Vaccination in Burma 1920-1933 - 1920-1933
Year: 1920
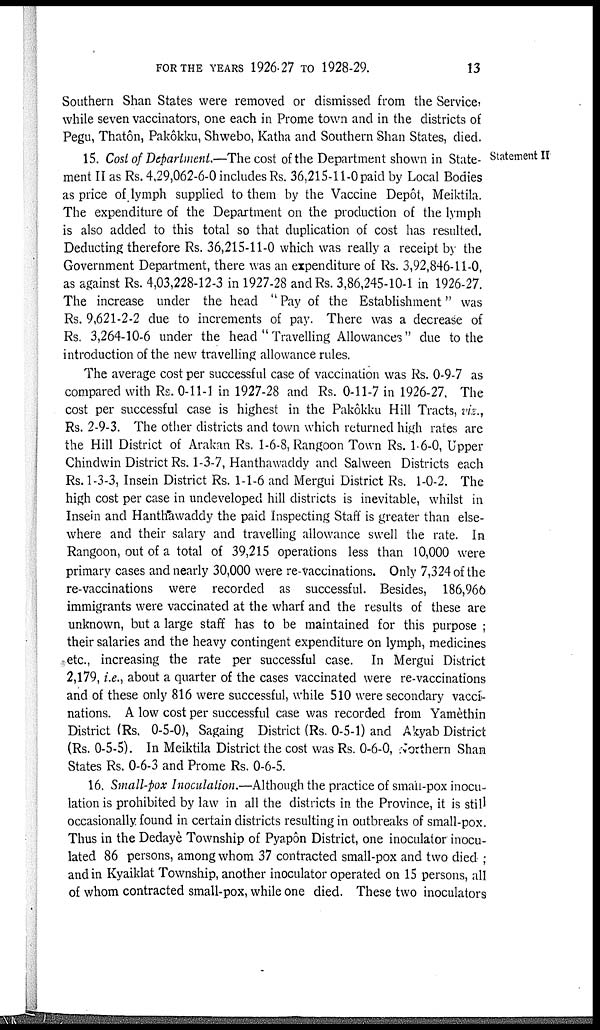
FOR THE YEARS 1926-27 TO 1928-29.
13
Southern Shan States were removed or dismissed from the Service,
while seven vaccinators, one each in Prome town and in the districts of
Pegu, Thatôn, Pakôkku, Shwebo, Katha and Southern Shan States, died.
Statement II
15. Cost of Department.—The cost of the Department shown in State-
ment II as Rs. 4,29,062-6-0 includes Rs. 36,215-11-0 paid by Local Bodies
as price of lymph supplied to them by the Vaccine Depôt, Meiktila.
The expenditure of the Department on the production of the lymph
is also added to this total so that duplication of cost has resulted.
Deducting therefore Rs. 36,215-11-0 which was really a receipt by the
Government Department, there was an expenditure of Rs. 3,92,846-11-0,
as against Rs. 4,03,228-12-3 in 1927-28 and Rs. 3,86,245-10-1 in 1926-27.
The increase under the head " Pay of the Establishment" was
Rs. 9,621-2-2 due to increments of pay. There was a decrease of
Rs. 3,264-10-6 under the head " Travelling Allowances" due to the
introduction of the new travelling allowance rules.
The average cost per successful case of vaccination was Rs. 0-9-7 as
compared with Rs. 0-11-1 in 1927-28 and Rs. 0-11-7 in 1926-27. The
cost per successful case is highest in the Pakôkku Hill Tracts, viz.,
Rs. 2-9-3. The other districts and town which returned high rates are
the Hill District of Arakan Rs. 1-6-8, Rangoon Town Rs. 1-6-0, Upper
Chindwin District Rs. 1-3-7, Hanthawaddy and Salween Districts each
Rs. 1-3-3, Insein District Rs. 1-1-6 and Mergui District Rs. 1-0-2. The
high cost per case in undeveloped hill districts is inevitable, whilst in
Insein and Hanthawaddy the paid Inspecting Staff is greater than else-
where and their salary and travelling allowance swell the rate. In
Rangoon, out of a total of 39,215 operations less than 10,000 were
primary cases and nearly 30,000 were re-vaccinations. Only 7,324 of the
re-vaccinations were recorded as successful. Besides, 186,966
immigrants were vaccinated at the wharf and the results of these are
unknown, but a large staff has to be maintained for this purpose ;
their salaries and the heavy contingent expenditure on lymph, medicines
etc., increasing the rate per successful case. In Mergui District
2,179, i.e., about a quarter of the cases vaccinated were re-vaccinations
and of these only 816 were successful, while 510 were secondary vacci-
nations. A low cost per successful case was recorded from Yamèthin
District (Rs. 0-5-0), Sagaing District (Rs. 0-5-1) and Akyab District
(Rs. 0-5-5). In Meiktila District the cost was Rs. 0-6-0, Northern Shan
States Rs. 0-6-3 and Prome Rs. 0-6-5.
16. Small-pox Inoculation.—Although the practice of small-pox inocu-
lation is prohibited by law in all the districts in the Province, it is still
occasionally found in certain districts resulting in outbreaks of small-pox.
Thus in the Dedayè Township of Pyapôn District, one inoculator inocu-
lated 86 persons, among whom 37 contracted small-pox and two died ;
and in Kyaiklat Township, another inoculator operated on 15 persons, all
of whom contracted small-pox, while one died. These two inoculators